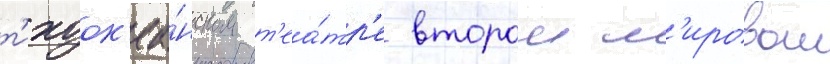
т'ихоок'еа́нском т'еа́тр'е второи м'ировои